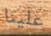
علينا